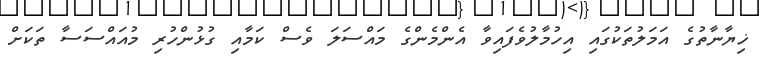
ޚިޔާނާތުގެ އަމަލުތަކުގައި އިހުމާލުވެފައިވާ އެންމެންގެ މައްސަލަ ވެސް ކަމާއި ގުޅުންހުރި މުއައްސަސާ ތަކަށް